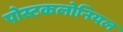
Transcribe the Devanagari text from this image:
पोस्टकलोनियल